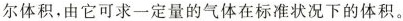
尔体积，由它可求一定量的气体在标准状况下的体积。